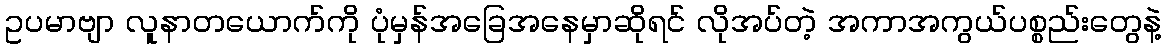
ဥပမာဗျာ လူနာတယောက်ကို ပုံမှန်အခြေအနေမှာဆိုရင် လိုအပ်တဲ့ အကာအကွယ်ပစ္စည်းတွေနဲ့